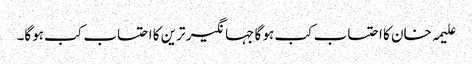
علیمہ خان کا احتساب کب ہو گا جہانگیر ترین کا احتساب کب ہوگا۔